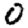
Digit: 0